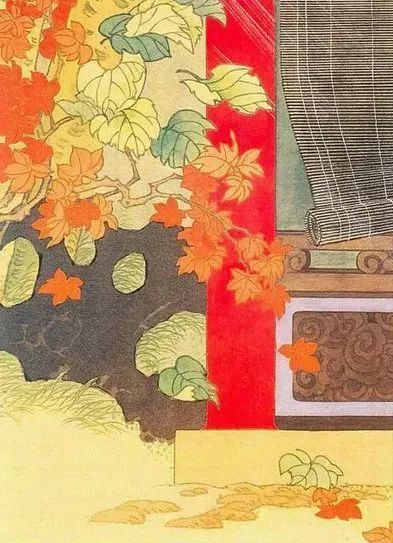
西宫南内多秋草，落叶满阶红不扫。